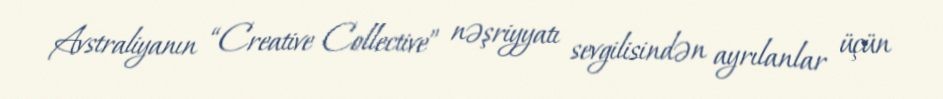
Avstraliyanın “Creative Collective” nəşriyyatı sevgilisindən ayrılanlar üçün